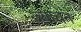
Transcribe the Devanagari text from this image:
ज्याचन